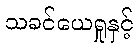
သခင်ယေရှုနှင့်